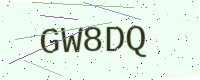
Text: GW8DQ